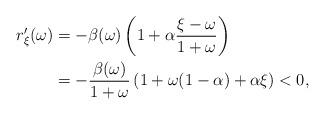
LaTeX: \begin{align*}r^{\prime}_{\xi}(\omega) & = -\beta(\omega) \left( 1 + \alpha \frac{\xi - \omega}{1 + \omega} \right) \\& = - \frac{\beta(\omega)}{1 + \omega}\left( 1 + \omega(1 - \alpha) + \alpha \xi \right) < 0,\end{align*}